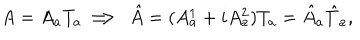
LaTeX: A = A _ { a } T _ { a } \Longrightarrow \, \, \hat { A } = ( A _ { a } ^ { 1 } + i A _ { a } ^ { 2 } ) T _ { a } = \hat { A } _ { a } \hat { T } _ { a } ,